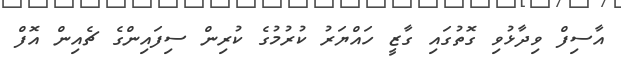
އާސިފް ވިދާޅުވި ގޮތުގައި ގާޒީ ހައްޔަރު ކުރުމުގެ ކުރިން ސިފައިންގެ ޗެއިން އޮފް